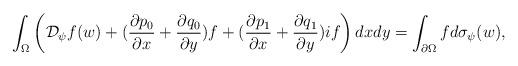
LaTeX: \begin{align*} \int_\Omega\left( {\mathcal D}_{\psi} f(w) + ( \frac{\partial p_0}{\partial x } + \frac{\partial q_0}{\partial y } )f + ( \frac{\partial p_1}{\partial x } + \frac{\partial q_1}{\partial y } ) { i} f\right)dxdy =\int_{\partial \Omega} f d\sigma_{\psi}(w), \end{align*}